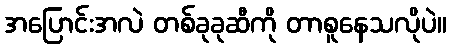
အပြောင်းအလဲ တစ်ခုခုဆီကို တာစူနေသလိုပဲ။